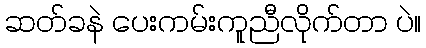
ဆတ်ခနဲ ပေးကမ်းကူညီလိုက်တာ ပဲ။